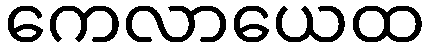
ကေလာယေထ